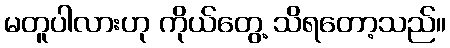
မတူပါလားဟု ကိုယ်တွေ့ သိရတော့သည်။